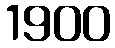
1900